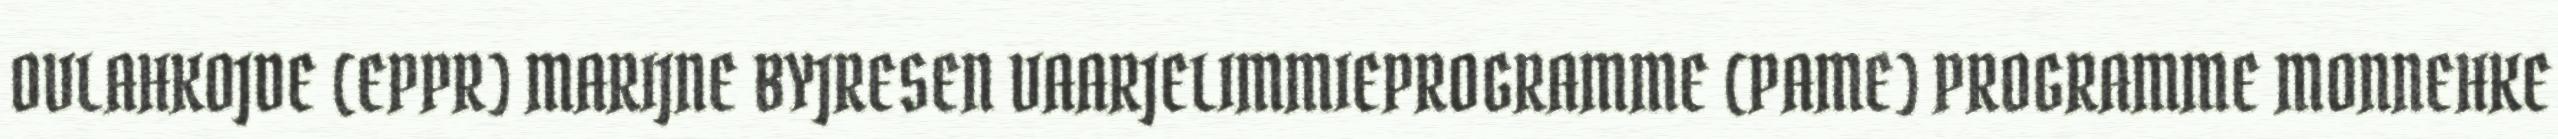
OVLAHKOJDE (EPPR) MARIJNE BYJRESEN VAARJELIMMIEPROGRAMME (PAME) PROGRAMME MONNEHKE